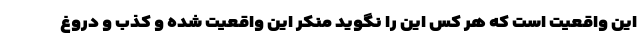
این واقعیت است که هر کس این را نگوید منکر این واقعیت شده و کذب و دروغ